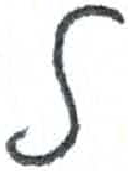
אות: ל